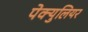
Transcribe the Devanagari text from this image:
पेक्युलियर